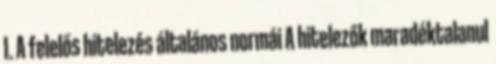
I. A felelős hitelezés általános normái A hitelezők maradéktalanul